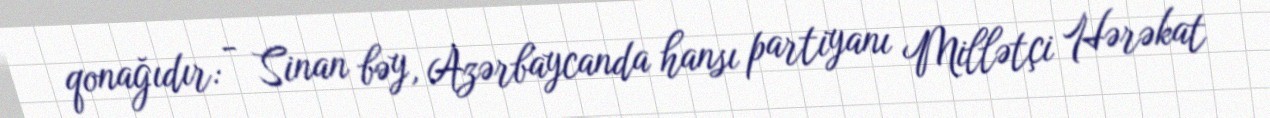
qonağıdır: - Sinan bəy, Azərbaycanda hansı partiyanı Millətçi Hərəkat